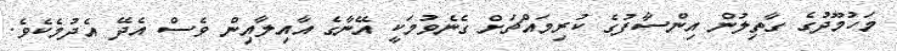
މަހުމޫދުގެ ގާތިލުން އިންސާފުގެ ކުރިމައްޗަށް ގެނެވުމަކީ އޭނާގެ އާއިލާއިން ވެސް އެދޭ އެދުމެކެވެ.